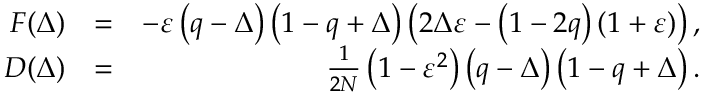
\begin{array} { r l r } { F ( \Delta ) } & { = } & { - \varepsilon \left( q - \Delta \right) \left( 1 - q + \Delta \right) \left( 2 \Delta \varepsilon - \left( 1 - 2 q \right) ( 1 + \varepsilon ) \right) , } \\ { D ( \Delta ) } & { = } & { \frac { 1 } { 2 N } \left( 1 - \varepsilon ^ { 2 } \right) \left( q - \Delta \right) \left( 1 - q + \Delta \right) . } \end{array}